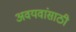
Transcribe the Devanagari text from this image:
अवयवांसाठी